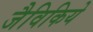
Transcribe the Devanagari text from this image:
जैविकिये